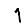
Digit: 1